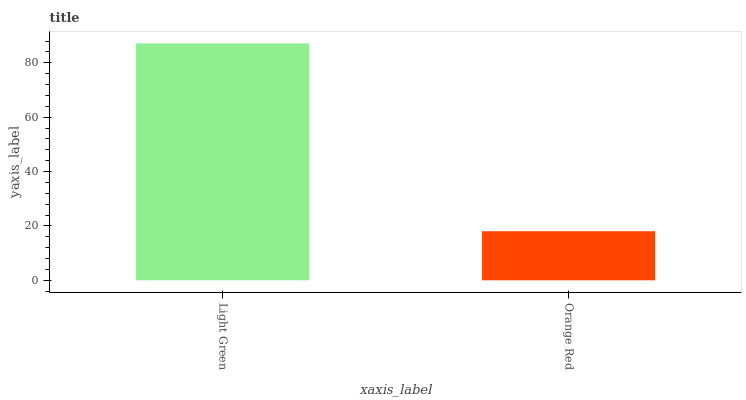
| xaxis_label | bars |
 | --- | --- |
 | Light Green | 87.2 |
 | Orange Red | 18.1 |